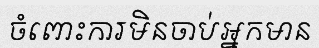
ចំពោះការមិនចាប់អ្នកមាន